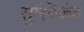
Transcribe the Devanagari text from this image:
सुस्स्किंद